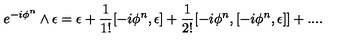
e ^ { - i \phi ^ { n } } \wedge \epsilon = \epsilon + \frac { 1 } { 1 ! } [ - i \phi ^ { n } , \epsilon ] + \frac { 1 } { 2 ! } [ - i \phi ^ { n } , [ - i \phi ^ { n } , \epsilon ] ] + . . . . \nonumber